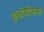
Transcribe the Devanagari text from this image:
कृतीयोजना